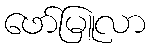
ဖော်မြူလာ